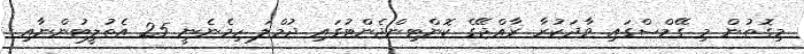
މިގޮތުން މި ގޭމްސްގައި ވާދަކުރާ ރާއްޖޭގެ ކޮންޓިންޖެންޓުގައި ޖުމްލަ ހިމެނެނީ 25 އެތުލީޓުންނާއި